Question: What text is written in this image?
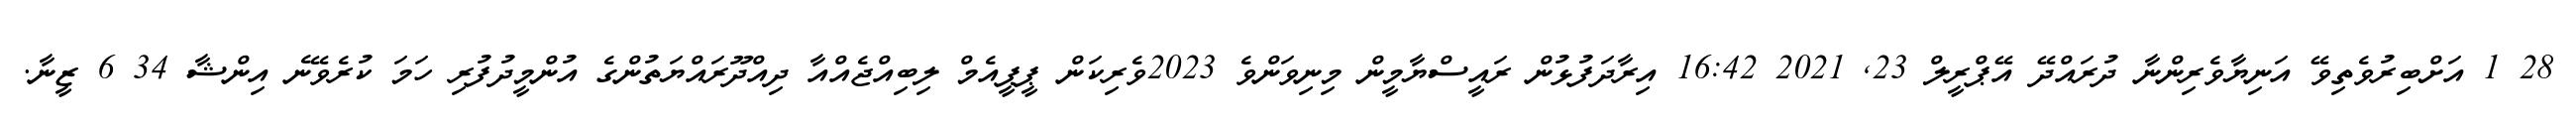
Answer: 28 1 އަށްބިރުވެތިވޭ އަނިޔާވެރިންނާ ދުރައްދޭ އޭޕްރީލް 23, 2021 16:42 އިރާދަފުޅުން ރައީސްޔާމީން މިނިވަންވެ 2023ވެރިކަން ޕީޕީއެމް ލިބިއްޖެއްއާ ދިއްދޫރައްޔަތުންގެ އުންމީދުފުރި ހަމަ ކުރެވޭނެ އިންޝާ 34 6 ޒީނާ.